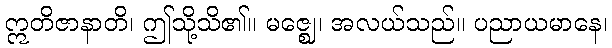
ဣတိဇာနာတိ၊ ဤသို့သိ၏။ မဇ္ဈေ၊ အလယ်သည်။ ပညာယမာနေ၊